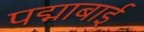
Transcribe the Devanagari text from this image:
पद्माबाई